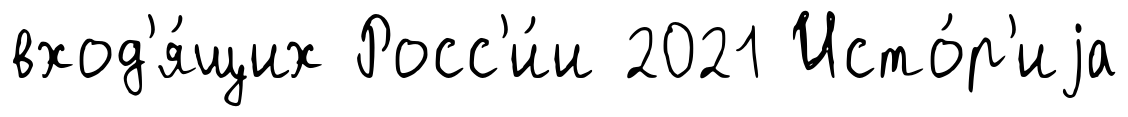
вход'я́щих Росс'и́и 2021 Исто́р'иjа